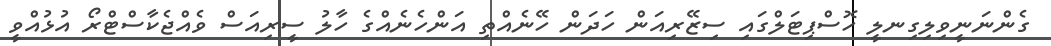
ގެންނަނީވިލިގިނލީ ހޮސްޕިޓަލްގައި ސިޒޭރިއަން ހަދަން ހޭނެއްތި އަންހެނެއްގެ ހާލު ސީރިއަސް ވެއްޖެކާސްޓްރޯ އުޅުއްވީ